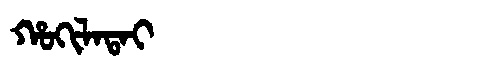
Manchu: ᡥᠣᡴᡳᠯᠠᡨᠠᡳ
Romanization: HOKILATAI